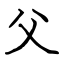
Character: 父